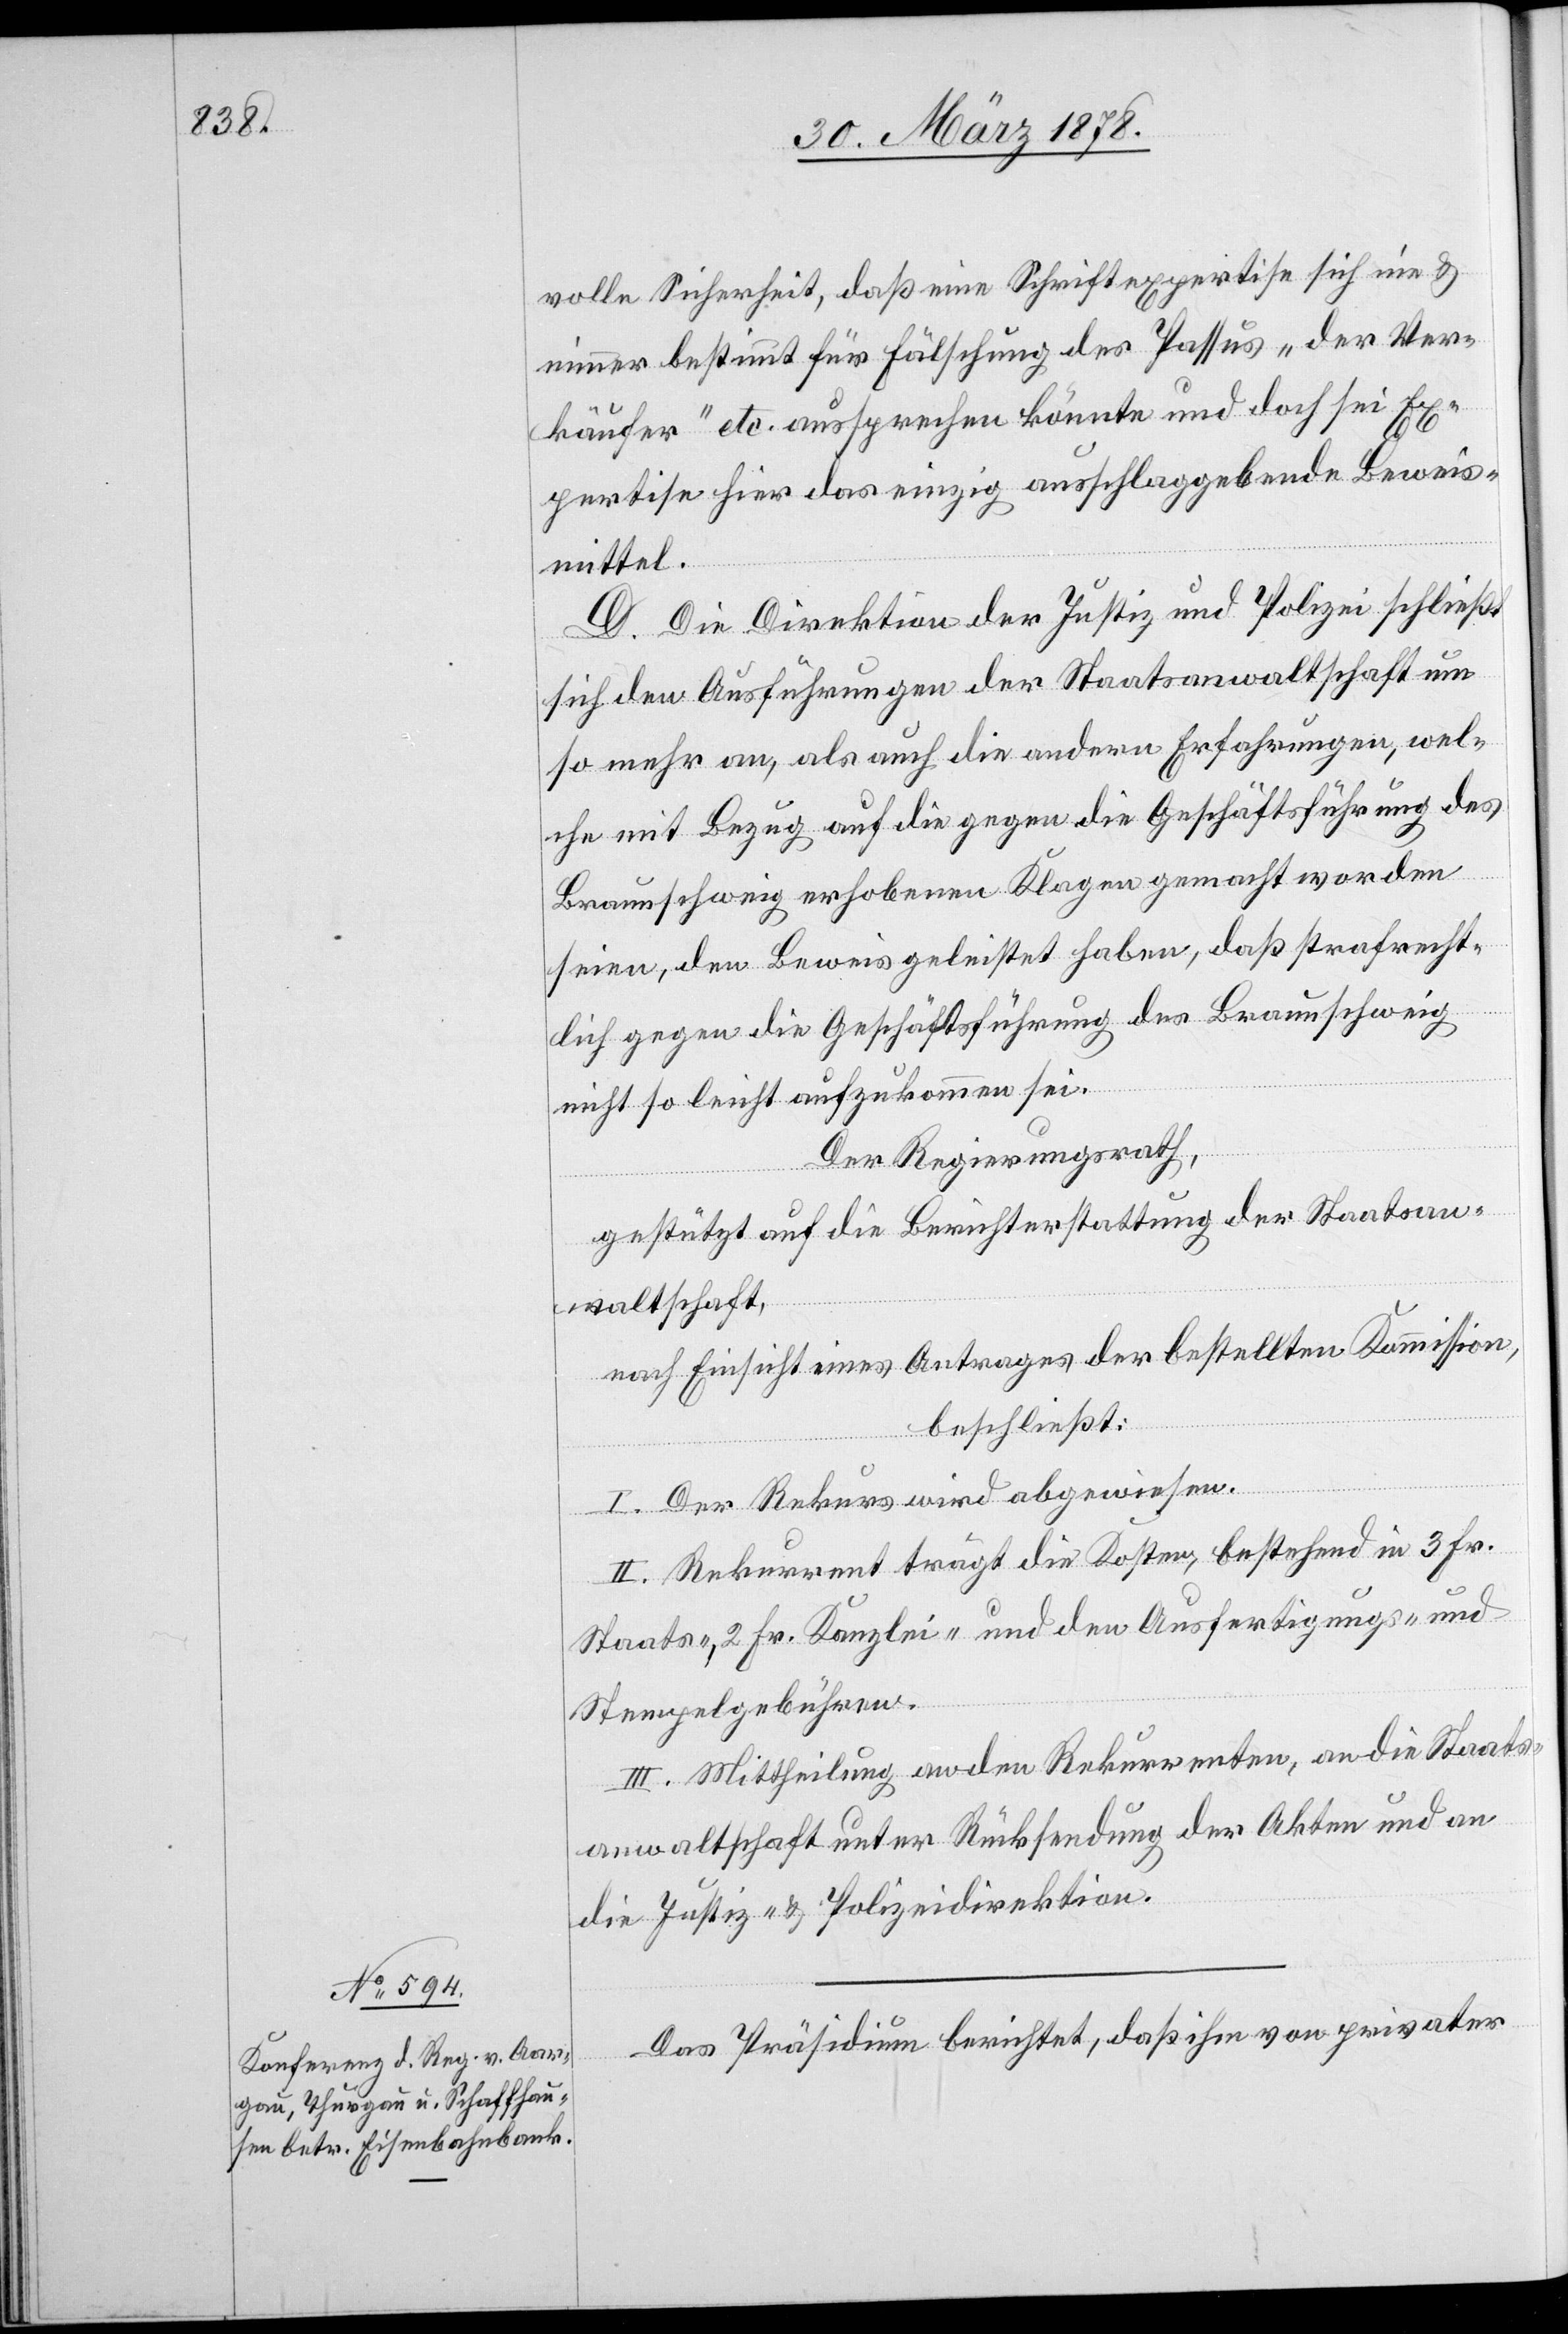
volle Sicherheit, daß eine Schriftexpertise sich nie &
nimmer bestimmt für Fälschung des Passus „der Ver¬
käufer“ etc. aussprechen könnte und doch sei Ex¬
pertise hier das einzig ausschlaggebende Beweis¬
mittel.
D. Die Direktion der Justiz und Polizei schließt
sich den Ausführungen der Staatsanwaltschaft um
so mehr an, als auch die andern Erfahrungen, wel¬
che mit Bezug auf die gegen die Geschäftsführung des
Braunschweig erhobenen Klagen gemacht worden
seien, den Beweis geleistet haben, daß strafrecht¬
lich gegen die Geschäftsführung des Braunschweig
nicht so leicht aufzukommen sei.
Der Regierungsrath,
gestützt auf die Berichterstattung der Staatsan¬
waltschaft,
nach Einsicht eines Antrages der bestellten Kommission,
beschließt:
I. Der Rekurs wird abgewiesen.
II. Rekurrent trägt die Kosten, bestehend in 3 Fr.
Staats-, 2 Fr. Kanzlei- und den Ausfertigungs- und
Stempelgebühren.
III. Mittheilung an den Rekurrenten, an die Staats¬
anwaltschaft unter Rücksendung der Akten und an
die Justiz- & Polizeidirektion.
Das Präsidium berichtet, daß ihm von privater